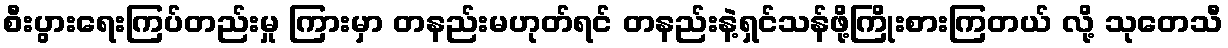
စီးပွားရေးကြပ်တည်းမှု ကြားမှာ တနည်းမဟုတ်ရင် တနည်းနဲ့ရှင်သန်ဖို့ကြိုးစားကြတယ် လို့ သုတေသီ